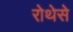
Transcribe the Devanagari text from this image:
रोथेसे